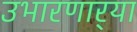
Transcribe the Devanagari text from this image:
उभारणार्‍या